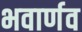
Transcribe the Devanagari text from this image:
भवार्णव